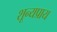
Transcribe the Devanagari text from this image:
शून्यप्राय